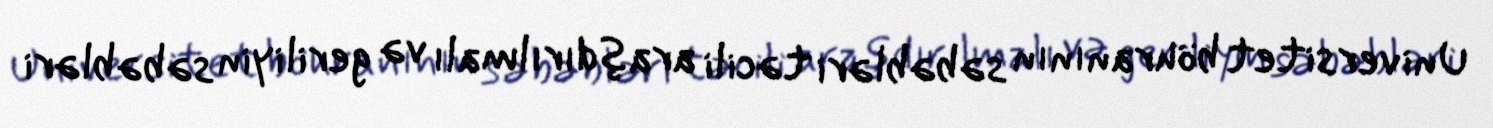
Universitet böhranının səbəbləri təcili araşdırılmalı və geriliyin səbəbləri